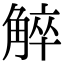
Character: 䚝